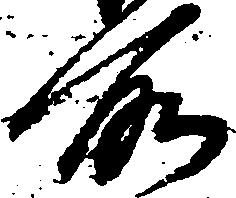
所